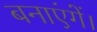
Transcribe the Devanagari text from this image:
बनाएंगें।